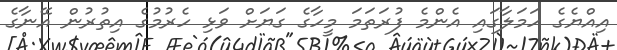
އިއްޔެގެ ހަމަލާގައި އެންމެ ފުރަތަމަ މީހާގެ ގަޔަށް ވަޅި ހެރުމުގެ އިތުރުން އޭނާގެ